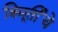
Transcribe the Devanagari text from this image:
त्रिमूर्तीचे